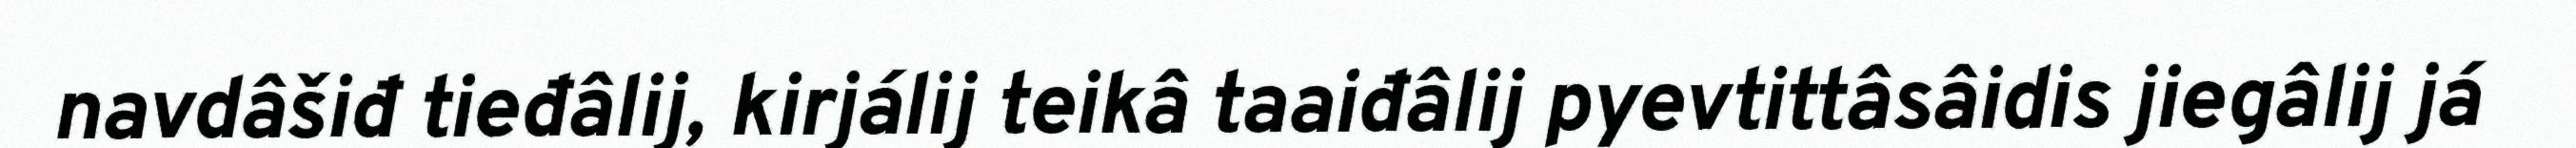
navdâšiđ tieđâlij, kirjálij teikâ taaiđâlij pyevtittâsâidis jiegâlij já